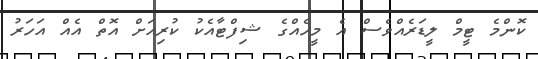
ކޮންމެ ޓީމް ލީޑަރެއްވެސް އެ މީހެއްގެ ޝިފްޓާއެކު ކުރިއަށް އޮތް އެއް އަހަރު